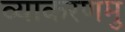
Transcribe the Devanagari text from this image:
व्याकरणमु